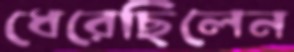
ধেরেছিলেন